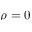
\rho = 0